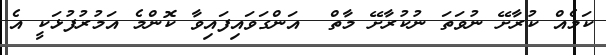
ކަމެއް ކުރާށޭ ނުވަތަ ނުކުރާށޭ މާތް  އަންގަވައިފައިވާ ކޮންމެ އަމުރުފުޅަކީ އެ